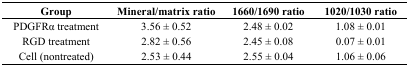
<table><thead><tr><td><b>Group</b></td><td><b>Mineral/matrix ratio</b></td><td><b>1660/1690 ratio</b></td><td><b>1020/1030 ratio</b></td></tr></thead><tbody><tr><td>PDGFRα treatment</td><td>3.56 ± 0.52</td><td>2.48 ± 0.02</td><td>1.08 ± 0.01</td></tr><tr><td>RGD treatment</td><td>2.82 ± 0.56</td><td>2.45 ± 0.08</td><td>0.07 ± 0.01</td></tr><tr><td>Cell (nontreated)</td><td>2.53 ± 0.44</td><td>2.55 ± 0.04</td><td>1.06 ± 0.06</td></tr></tbody></table>